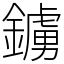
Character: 鐪